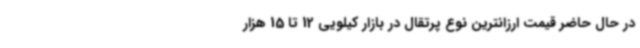
در حال حاضر قیمت ارزانترین نوع پرتقال در بازار کیلویی 12 تا 15 هزار